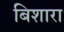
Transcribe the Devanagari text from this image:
बिशारा